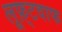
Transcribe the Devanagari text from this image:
लूफ़्टवाफ